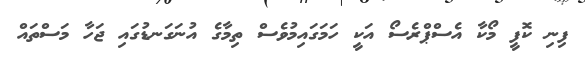
ފިނި ކޮފީ މޯކާ އެސްޕްރެސޯ އަކީ ހަމަގައިމުވެސް ތިމާގެ އުނަގަނޑުގައި ޖަހާ މަސްތައް